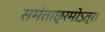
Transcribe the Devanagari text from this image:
समंताछ्रमोऽत्र।